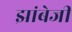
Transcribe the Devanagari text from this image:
झांबेजी